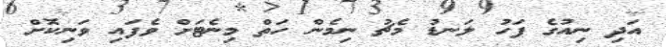
އަދި ނިއުގެ ފަހު ލަނޑު މެޗު ނިމެން ހަތް މިނެޓަށް ވެފައި ވަނިކޮށް